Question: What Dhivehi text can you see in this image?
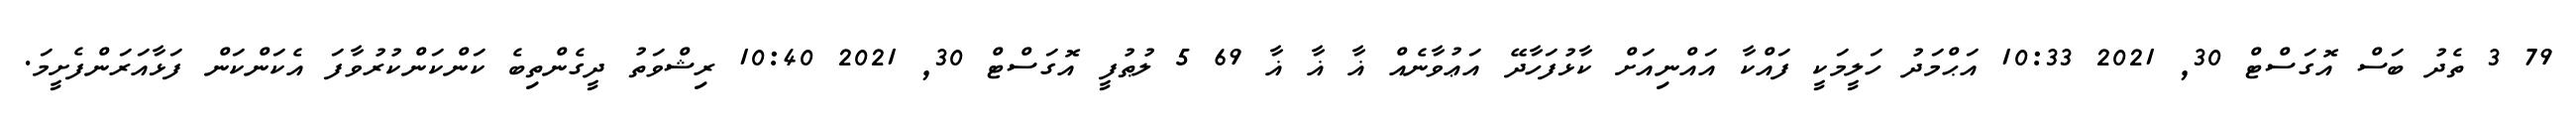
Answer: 79 3 ތެދު ބަސް އޮގަސްޓް 30, 2021 10:33 އަޙްމަދު ހަލީމަކީ ފައްކާ އައްނިއަށް ކާޅުފަހާދޭ އަޢުވާނެއް ޣާ ޣާ ޣާ 69 5 ލުޠުފީ އޮގަސްޓް 30, 2021 10:40 ރިޝްވަތު ދީގެންތިބެ ކަންކަންކުރުވާފަ އެކަންކަން ފަޅާއަރަންފެށީމަ.